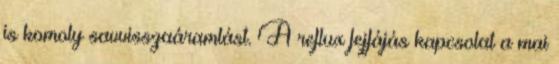
is komoly savvisszaáramlást. A reflux fejfájás kapcsolat a mai